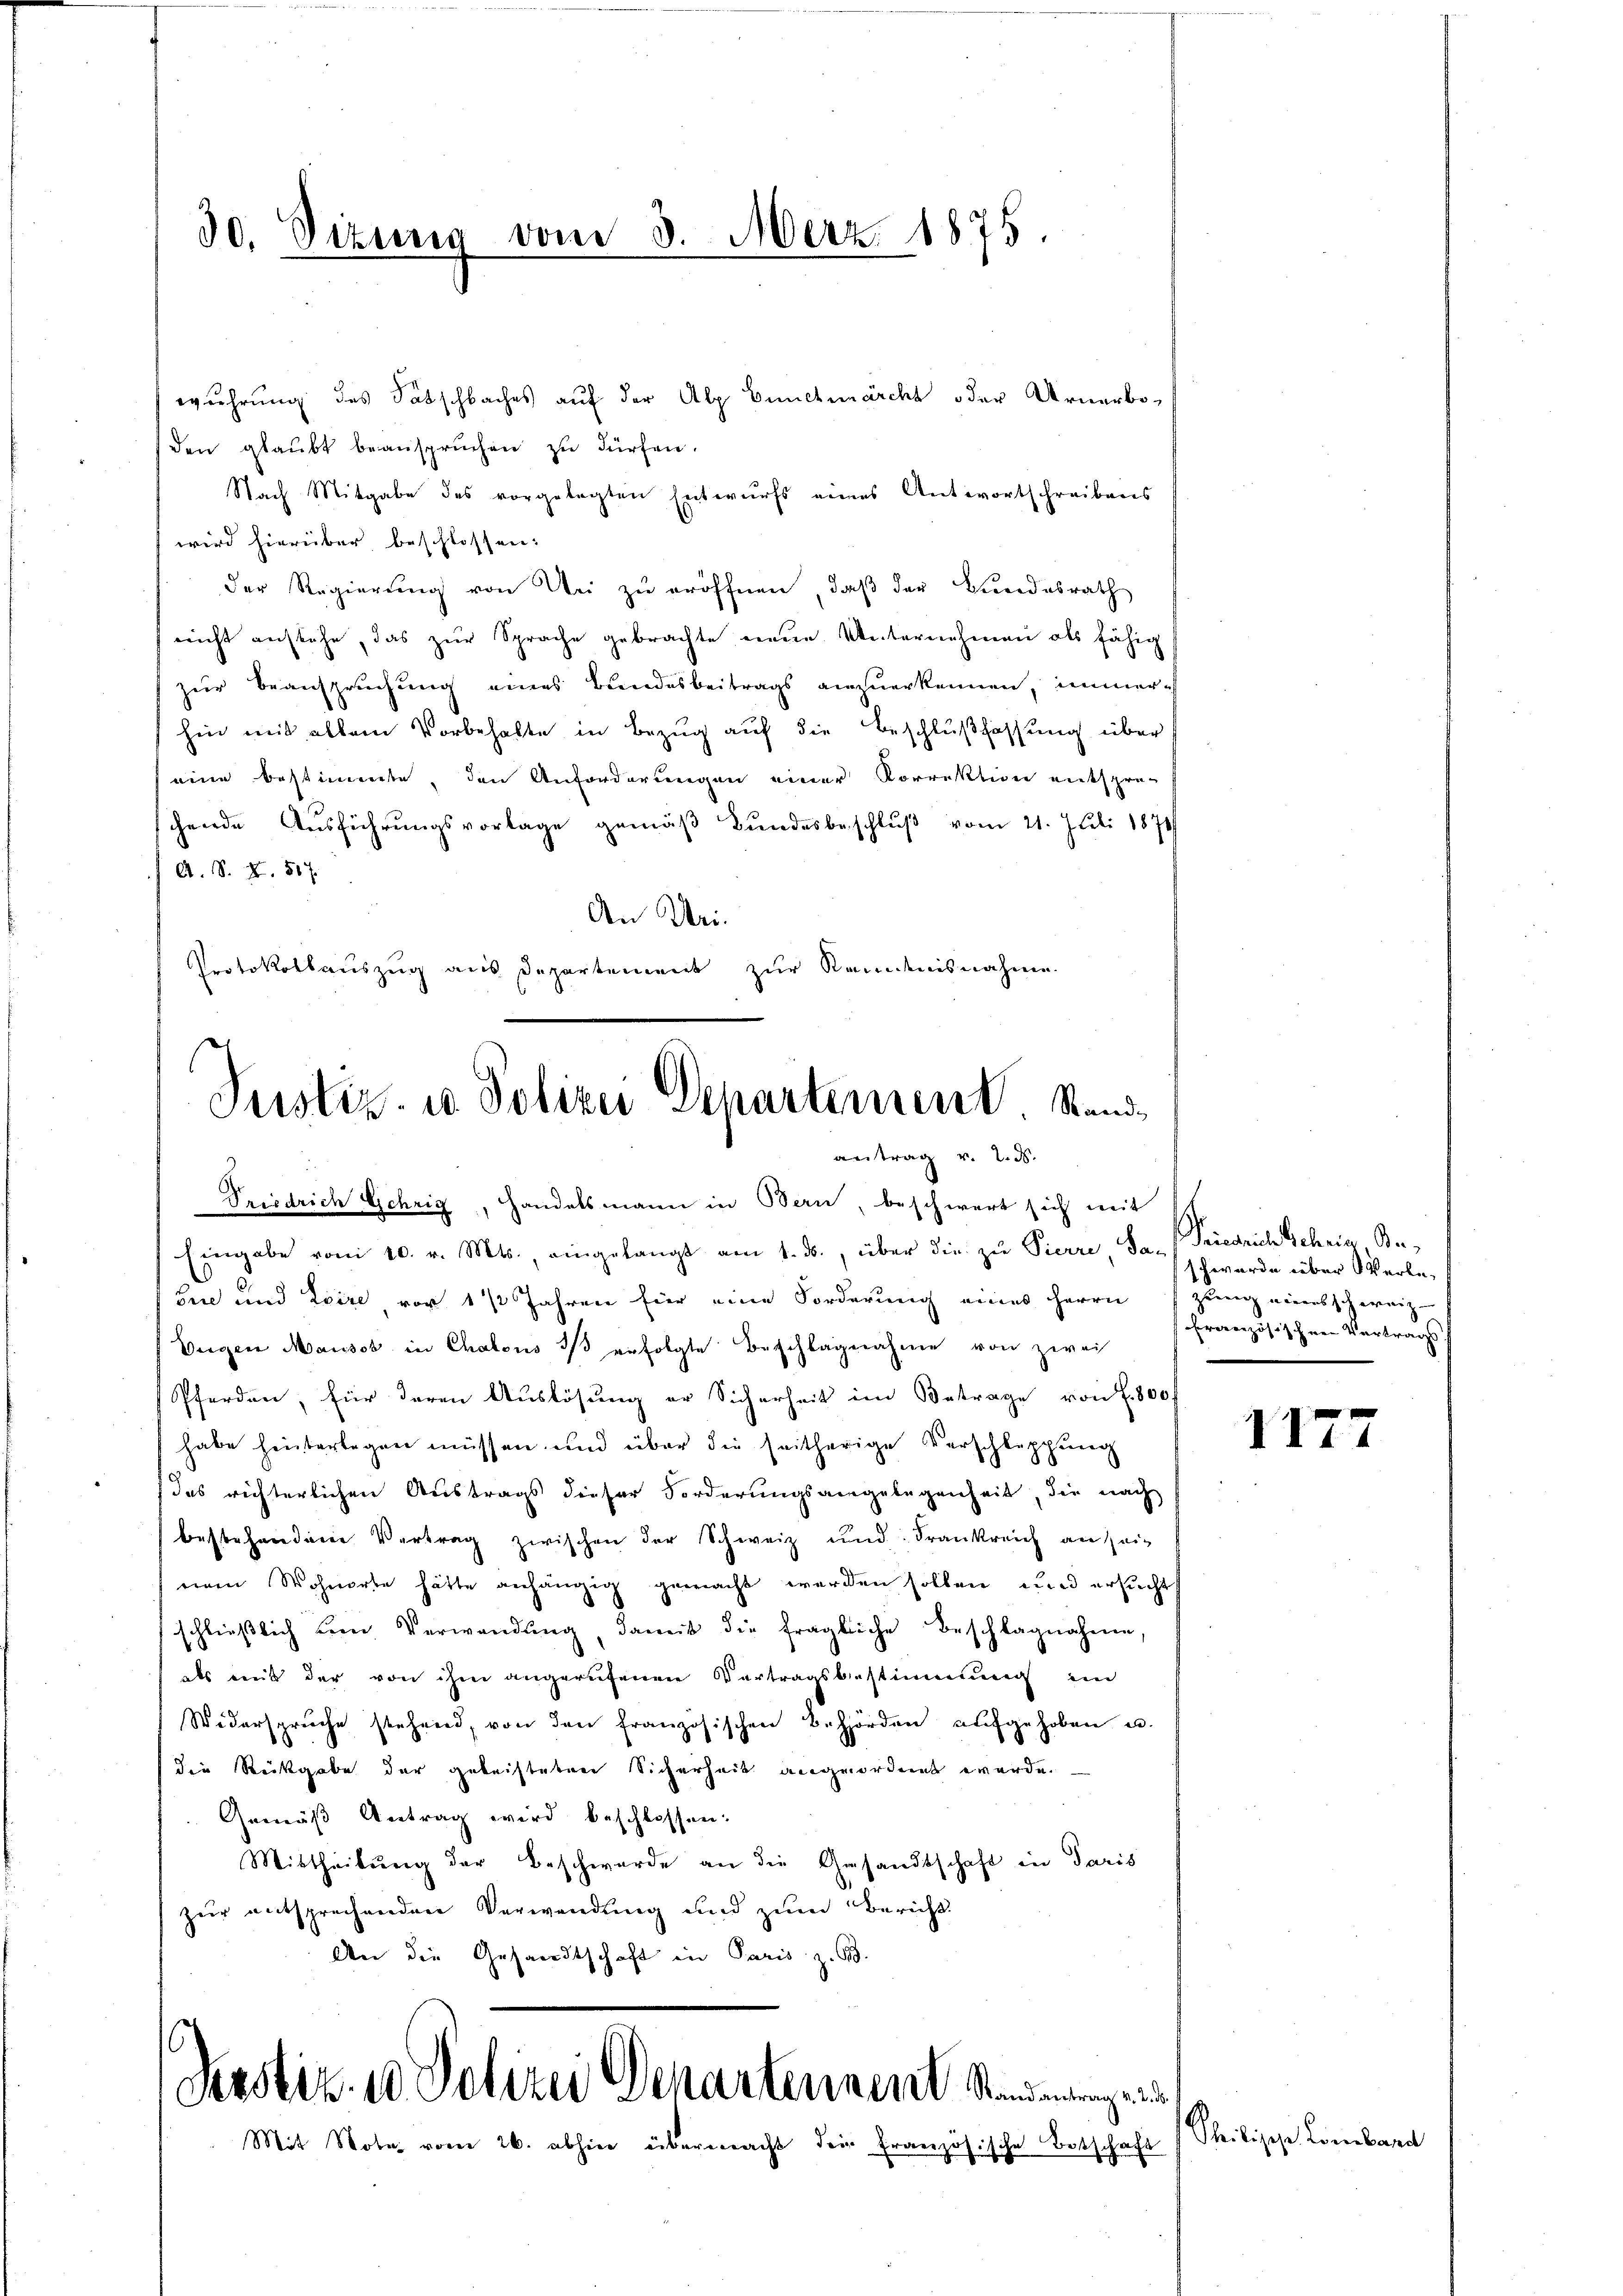
30. Dizuno vom 3. Merz. 1875.

wuhrung des Patschbaches auf der Alp Ennetzmärcht oder Urnerboden glaŭbt beansprŭchen zu dürfen.
Nach Mitgabe des vorgelegten Entwurfs eines Antwortschreibens
wird hierüber beschlossen:
der Regierung von Uri zu eröffnen, daß der Bundesrath
nicht aufsehe, das zur Sprache gebrachte neue Unternehmen als fähig
zur Beanspruchung eines Bundesbeitrags anzuerkennen, immer
hin mit allem Vorbehalte in Bezug auf die Beschlußfassung über
eine bestimmte, den Anforderungen einer Korrektion entspre-
hende Aŭsführŭngsvorlage gemäβ Bŭndesbeschlŭβ vom 21. Juli 1874
A. S. X. 517.
An Uri.
Protokollauszug aus Departement zur Kemdenisnahme

Justiz- u Polizei Departement Stande
antrag v. 2. ds.
Friedrich Gehrig, Handelsmann in Bern, beschwert sich mit

Eingabe vom 10. v. Mts., eingelangt am 1. ds., über die zŭ Pierre, Sa-Friedrich Schein Re¬
Geie und Loire vor 1 ½ Jahren für eine Forderung eines Herrn zung eines schweiz
Weigen Mausst in Chalous 3 erfolgte Beschlagnahme von zwei
Pferden, für deren Auslösung er Sicherheit im Betrage von f. 5800
habe hinterlegen müssen und über die seitherige Verschleppung
das richterlichen Austrags dieser Forderungsangelegenheit, die nach
bestehendene Vertrag zwischen der Schweiz und Frankreich an sei¬
(einen Wohnorte hätte anhängig gemacht werden sollen, und ersucht
schließlich ein Verwendung, damit die fragliche Beschlagnahme,
als weit der von ihm angerufenen Vertragsbestimmung im
Widersprüche stehend, von den französischen Behörden aŭfgehoben u.
(die Rückgabe der geleisteten Sicherheit angeordnet werde.
Gemäß Antrag wird beschlossen:
Mittheilung der Beschwerde an die Gesandtschaft in Paris
zur entsprechenden Verwendung und zum Bericht.
An die Gesandtschaft in Paris z. B.

Perstin. 10 Polizei Departennent Standerung ein

Mit Note vom 26. abhin übermacht dei französische Botschaft

schwerde über Verlefranzösischen Vertrags

1177

Theiliche Lombard